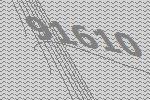
91610